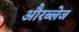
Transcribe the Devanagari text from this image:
औरब्लेज